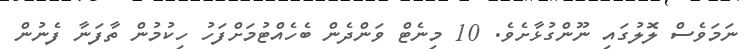
ނަމަވެސް ލޮލުގައި ނޫންގުޅާށެވެ. 10 މިނެޓް ވަންދެން ބެހެއްޓުމަށްފަހު ހިކުމުން ތާފަނާ ފެނުން